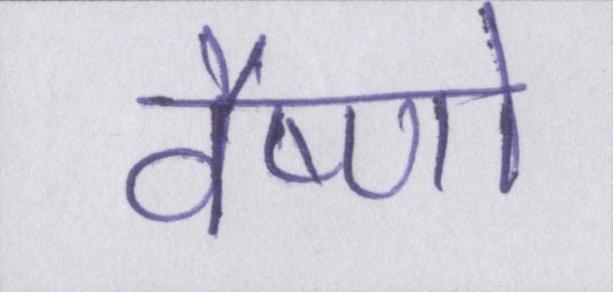
वैष्णो